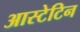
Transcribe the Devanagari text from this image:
आस्टेटिन